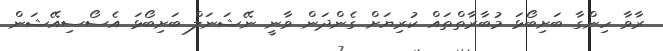
ރާވާ ހިންގާ ބަށިބޯޅަ މުބާރާތްތައް ކުރިޔަށް ގެންދަން ވާނީ ނޭޝަނަލް ބަށިބޯޅަ އެސޯސިއޭޝަން